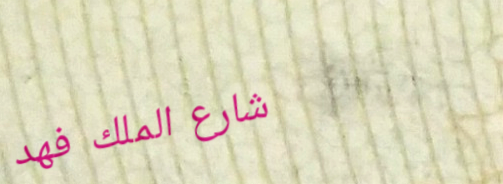
شارع الملك فهد